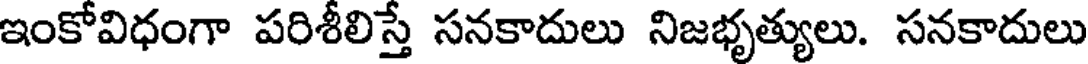
ఇంకోవిధంగా పరిశీలిస్తే సనకాదులు నిజభృత్యులు. సనకాదులు